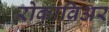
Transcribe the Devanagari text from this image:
रोकाविअर